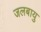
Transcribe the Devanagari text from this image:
जलबायु